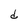
Character: d